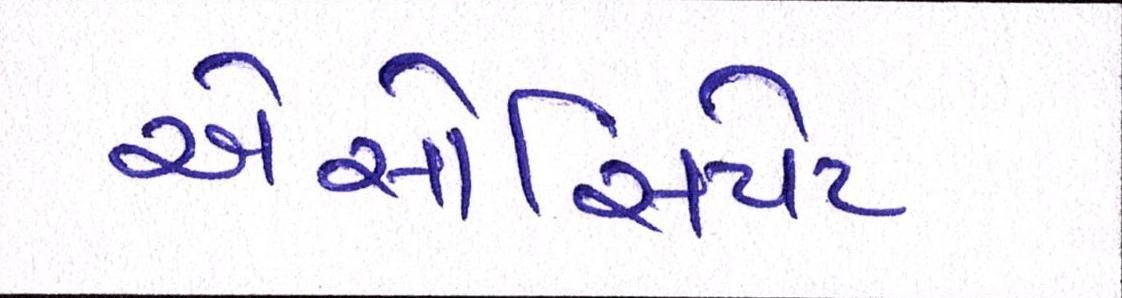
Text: એસોસિયેટ